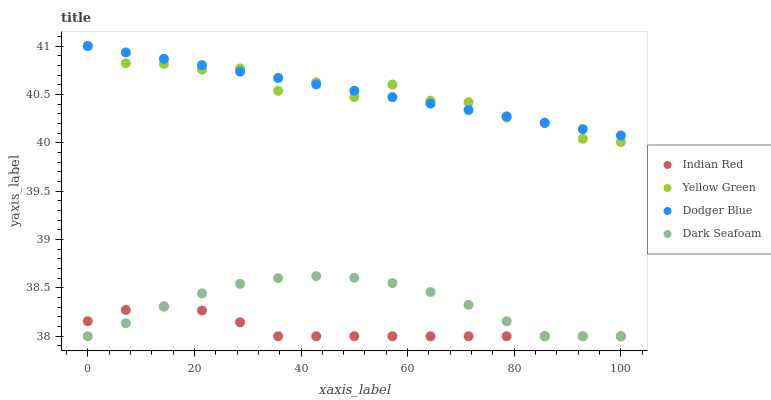
| xaxis_label | Indian Red | Yellow Green | Dodger Blue | Dark Seafoam |
 | --- | --- | --- | --- | --- |
 | 0 | 38.2 | 41 | 41 | 38 |
 | 7.14 | 38.3 | 40.8 | 40.9 | 38.1 |
 | 14.3 | 38.3 | 40.8 | 40.9 | 38.3 |
 | 21.4 | 38.3 | 40.8 | 40.8 | 38.4 |
 | 28.6 | 38.1 | 40.8 | 40.7 | 38.5 |
 | 35.7 | 38 | 40.5 | 40.7 | 38.6 |
 | 42.9 | 38 | 40.6 | 40.6 | 38.6 |
 | 50 | 38 | 40.5 | 40.5 | 38.6 |
 | 57.1 | 38 | 40.6 | 40.5 | 38.5 |
 | 64.3 | 38 | 40.4 | 40.4 | 38.5 |
 | 71.4 | 38 | 40.4 | 40.3 | 38.3 |
 | 78.6 | 38 | 40.3 | 40.3 | 38.2 |
 | 85.7 | 38 | 40.2 | 40.2 | 38 |
 | 92.9 | 38 | 40 | 40.1 | 38 |
 | 100 | 38 | 40 | 40.1 | 38 |